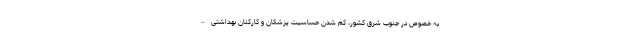
به خصوص در جنوب شرق کشور، کم شدن حساسیت پزشکان و کارکنان بهداشتی –